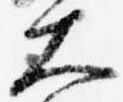
大